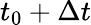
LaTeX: t_{0}+\Delta t